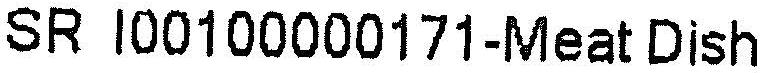
SR I00100000171-MEAT DISH